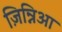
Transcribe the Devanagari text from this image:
ज़िन्निआ